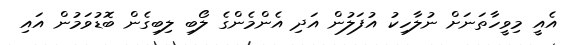
އެއީ މިވީހާތަނަށް ނުލާހިކު އުފަލުން އަދި އެންމެންގެ ލޯބި ލިބިގެން ބޮޑުވަމުން އައި